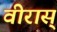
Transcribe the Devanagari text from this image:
वीरास्